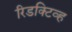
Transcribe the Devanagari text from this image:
रिडक्टिव्ह